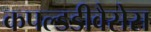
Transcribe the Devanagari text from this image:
कपल्डडीवैसेस